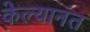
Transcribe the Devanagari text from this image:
केल्यानंत